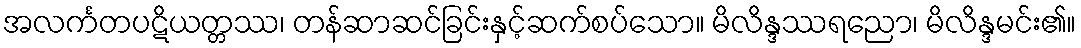
အလင်္ကတပဋိယတ္တဿ၊ တန်ဆာဆင်ခြင်းနှင့်ဆက်စပ်သော။ မိလိန္ဒဿရညော၊ မိလိန္ဒမင်း၏။